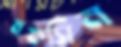
মফসিন